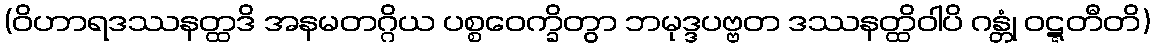
(ဝိဟာရဒဿနတ္ထဒိ အနမတဂ္ဂိယ ပစ္စဝေက္ခိတွာ ဘမုဒ္ဒပဗ္ဗတ ဒဿနတ္ထိဝါပိ ဂန္တုံ ဝဋ္ဋတီတိ)